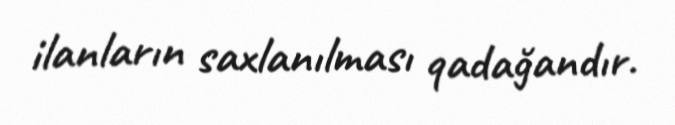
ilanların saxlanılması qadağandır.